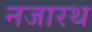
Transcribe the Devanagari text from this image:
नजारथ